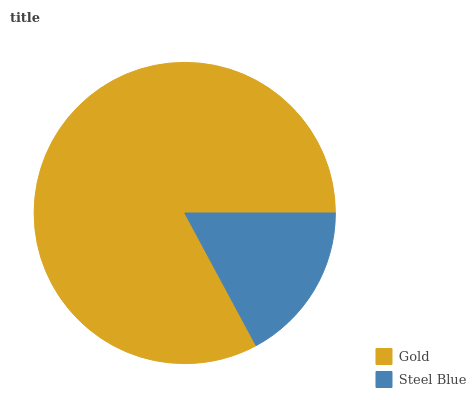
| Gold | Steel Blue |
 | --- | --- |
 | 82.8% | 17.2% |